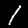
Digit: 1